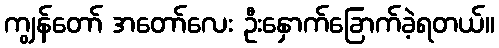
ကျွန်တော် အတော်လေး ဦးနှောက်ခြောက်ခဲ့ရတယ်။